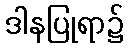
ဒါနပြုရာ၌